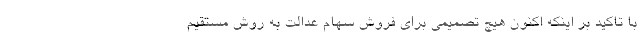
با تاکید بر اینکه اکنون هیچ تصمیمی برای فروش سهام عدالت به روش مستقیم